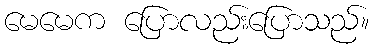
မေမေက ပြောလည်းပြောသည်။